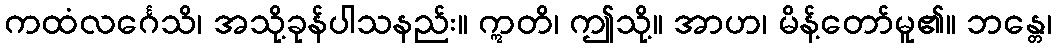
ကထံလင်္ဂေသိ၊ အသို့ခုန်ပါသနည်း။ ဣတိ၊ ဤသို့။ အာဟ၊ မိန့်တော်မူ၏။ ဘန္တေ၊